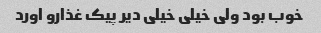
خوب بود ولی خیلی خیلی دیر پیک غذارو اورد